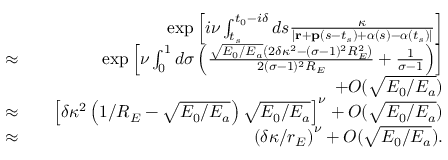
\begin{array} { r l r } & { } & { \exp \left[ i \nu \int _ { t _ { s } } ^ { t _ { 0 } - i \delta } d s \frac { \kappa } { | \mathbf { r } + \mathbf { p } ( s - t _ { s } ) + \boldsymbol { \alpha } ( s ) - \boldsymbol { \alpha } ( t _ { s } ) | } \right] } \\ { \approx } & { } & { \exp \left[ \nu \int _ { 0 } ^ { 1 } d \sigma \left( \frac { \sqrt { E _ { 0 } / E _ { a } } \left( 2 \delta \kappa ^ { 2 } - ( \sigma - 1 ) ^ { 2 } R _ { E } ^ { 2 } \right) } { 2 ( \sigma - 1 ) ^ { 2 } R _ { E } } + \frac { 1 } { \sigma - 1 } \right) \right] } \\ & { } & { + { \cal O } ( \sqrt { E _ { 0 } / E _ { a } } ) } \\ { \approx } & { } & { \left[ \delta \kappa ^ { 2 } \left( 1 / R _ { E } - \sqrt { E _ { 0 } / E _ { a } } \right) \sqrt { E _ { 0 } / E _ { a } } \right] ^ { \nu } + { \cal O } ( \sqrt { E _ { 0 } / E _ { a } } ) } \\ { \approx } & { } & { \left( \delta \kappa / r _ { E } \right) ^ { \nu } + { \cal O } ( \sqrt { E _ { 0 } / E _ { a } } ) . } \end{array}